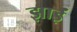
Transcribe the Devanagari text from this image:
झाईं